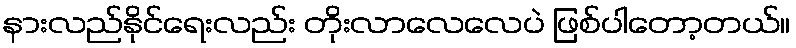
နားလည်နိုင်ရေးလည်း တိုးလာလေလေပဲ ဖြစ်ပါတော့တယ်။